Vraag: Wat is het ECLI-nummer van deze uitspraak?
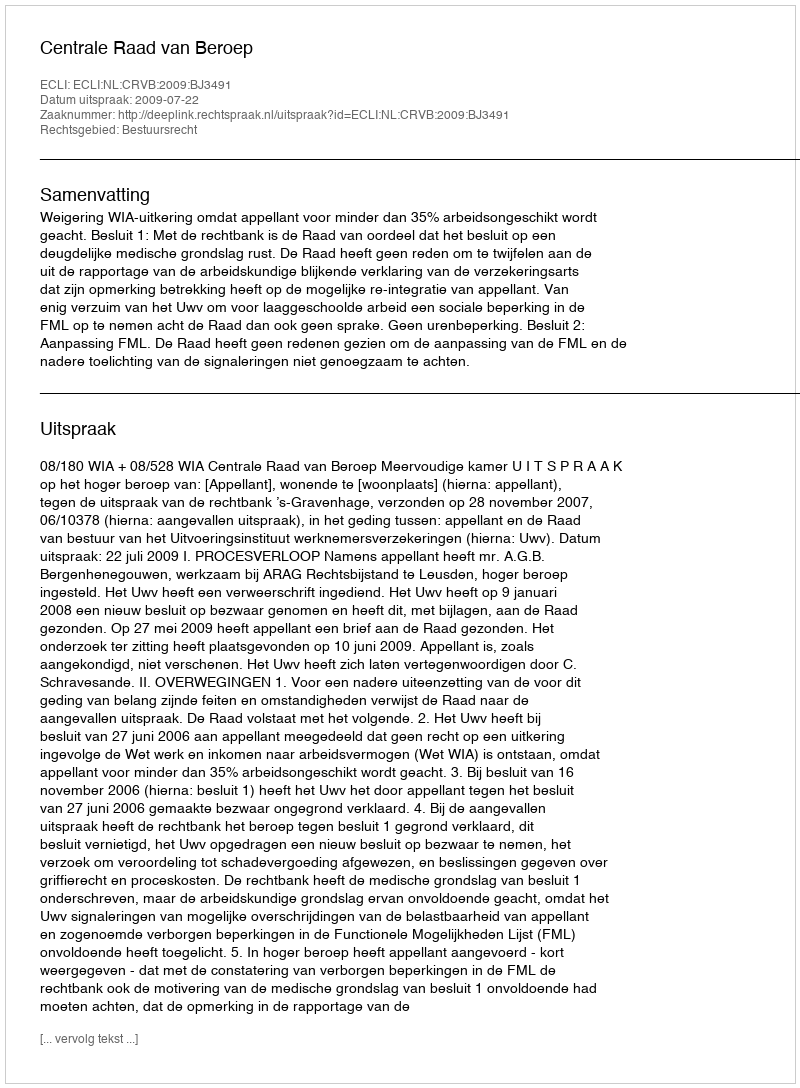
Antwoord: ECLI:NL:CRVB:2009:BJ3491